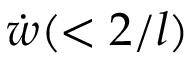
\dot { w } ( < 2 / l )